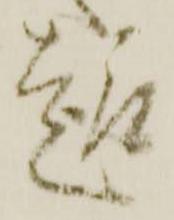
趣